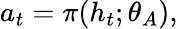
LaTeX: a_{t}=\pi(h_{t};\theta_{A}),